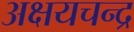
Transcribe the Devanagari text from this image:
अक्षयचन्द्र